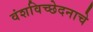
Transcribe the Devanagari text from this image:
वंशविच्छेदनाचे